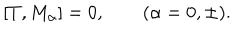
[ T , M _ { \alpha } ] = 0 , \qquad ( \alpha = 0 , \pm ) .